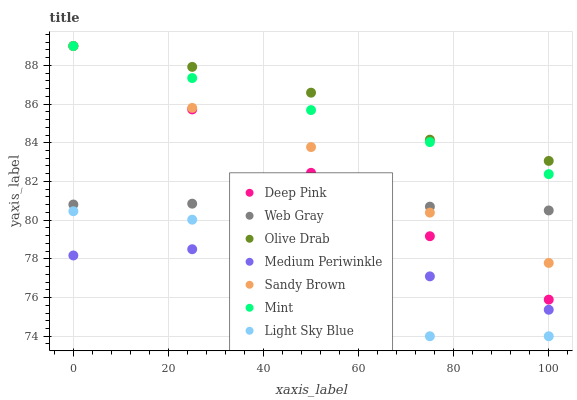
| xaxis_label | Deep Pink | Web Gray | Olive Drab | Medium Periwinkle | Sandy Brown | Mint | Light Sky Blue |
 | --- | --- | --- | --- | --- | --- | --- | --- |
 | 0 | 89 | 80.8 | 89 | 78.2 | 89 | 89 | 80.5 |
 | 25 | 85.7 | 80.9 | 87.9 | 78.5 | 85.8 | 87.3 | 80 |
 | 50 | 82.4 | 80.8 | 86.6 | 78.1 | 83.8 | 85.7 | 76.7 |
 | 75 | 79.2 | 80.7 | 84.2 | 77.1 | 80.4 | 84 | 74 |
 | 100 | 75.9 | 80.5 | 83.1 | 75.4 | 77.8 | 82.4 | 74 |